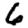
Digit: 6